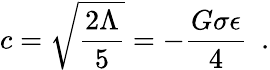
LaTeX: c=\sqrt{\frac{2\Lambda}{5}}=-\frac{G\sigma\epsilon}{4}~~.